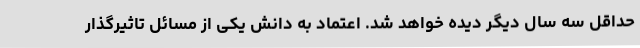
حداقل سه سال دیگر دیده خواهد شد. اعتماد به دانش یکی از مسائل تاثیرگذار